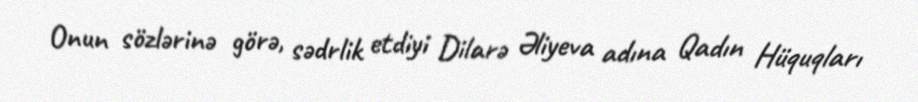
Onun sözlərinə görə, sədrlik etdiyi Dilarə Əliyeva adına Qadın Hüquqları